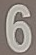
6